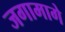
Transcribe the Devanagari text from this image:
जगामागे